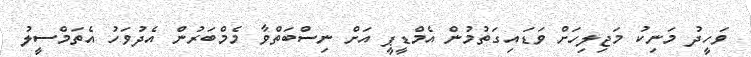
ވަހީދު މަނިކު މަޖިލިހަށް ވަޑައިގަތުމުން އެމްޑީޕީ އަށް ނިސްބަތްވާ މެމްބަރުން އެދުވަހު އެތަމްސީލު